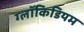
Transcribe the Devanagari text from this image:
ग्लॉकिडियम